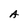
Character: A